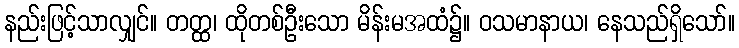
နည်းဖြင့်သာလျှင်။ တတ္ထ၊ ထိုတစ်ဦးသော မိန်းမအထံ၌။ ဝသမာနာယ၊ နေသည်ရှိသော်။